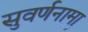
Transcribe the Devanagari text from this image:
सुवर्णनामा